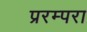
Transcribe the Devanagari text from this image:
प्ररम्परा